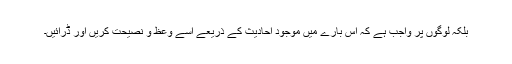
بلکہ لوگوں پر واجب ہے کہ اس بارے میں موجود احادیث کے ذریعے اسے وعظ و نصیحت کریں اور ڈرائیں۔